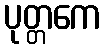
ပုတ္တကေ